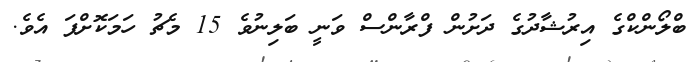
ބްލޯންކްގެ އިރުޝާދުގެ ދަށުން ފްރާންސް ވަނީ ބަލިނުވެ 15 މެޗު ހަމަކޮށްފަ އެވެ.